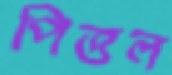
পিত্তল